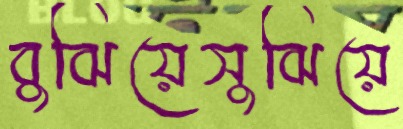
বুঝিয়েসুঝিয়ে